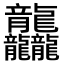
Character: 龘